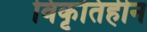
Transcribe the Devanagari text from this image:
विकृतिहीन